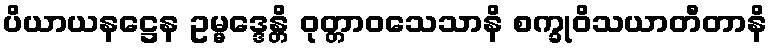
ပိယာယနဋ္ဌေန ဥမ္မဒ္ဒေန္တိ ဝုတ္တာဝသေသာနိ စက္ခုဝိသယာတီတာနိ